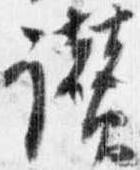
讃